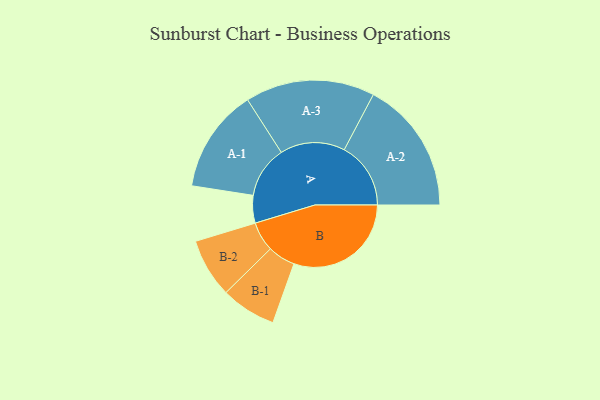
{"axis": {"x": "Segment", "y": "Value"}, "legend": ["", "A", "B"], "data": [{"x": "A", "y": 109, "type": ""}, {"x": "B", "y": 464, "type": ""}, {"x": "A-1", "y": 205, "type": "A"}, {"x": "A-2", "y": 263, "type": "A"}, {"x": "A-3", "y": 256, "type": "A"}, {"x": "B-1", "y": 109, "type": "B"}, {"x": "B-2", "y": 117, "type": "B"}]}